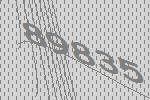
89835